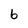
Character: b